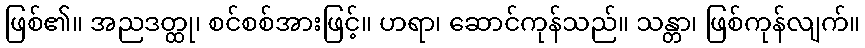
ဖြစ်၏။ အညဒတ္ထု၊ စင်စစ်အားဖြင့်။ ဟရာ၊ ဆောင်ကုန်သည်။ သန္တာ၊ ဖြစ်ကုန်လျက်။